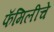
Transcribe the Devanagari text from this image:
फॅमिलीचे